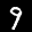
Label: 9